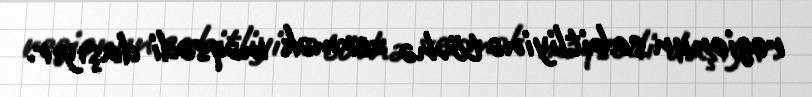
regionun sabitliyinə tövhə vermək məqsədi daşıyır.